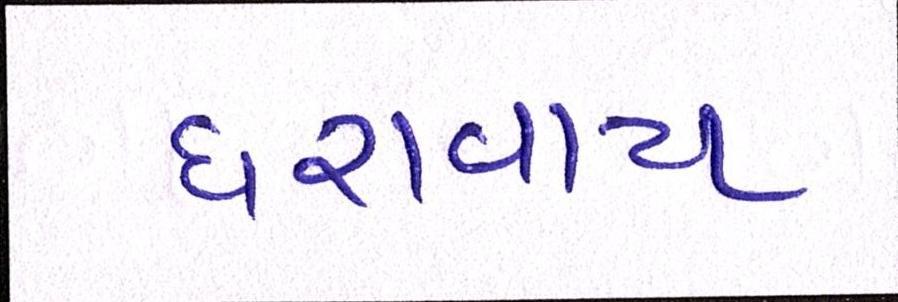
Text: ધરાવાય